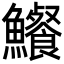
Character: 𩽐